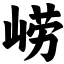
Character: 崂